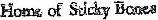
HORNG OF SDCKY BONES